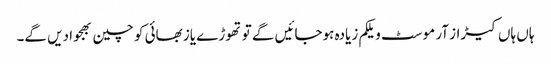
ہاں ہاں کیڑاز آر موسٹ ویلکم زیادہ ہوجائیں گے تو تھوڑے یاز بھائی کو چین بھجوا دیں گے۔